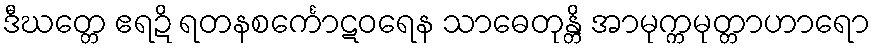
ဒီဃတ္တေ ဧရဍိ ရတနစင်္ကောဋဝရေန သာဓေတုန္တိ အာမုက္ကမုတ္တာဟာရော